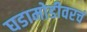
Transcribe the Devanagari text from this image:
घडामोडीवरचं